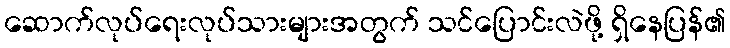
ဆောက်လုပ်ရေးလုပ်သားများအတွက် သင်ပြောင်းလဲဖို့ ရှိနေပြန်၏